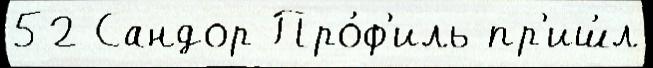
52 Сандор Про́ф'иль пр'иш́л